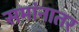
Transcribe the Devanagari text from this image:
समांनातर